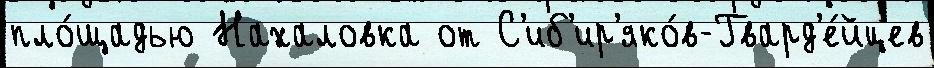
пло́щадью Нахаловка от С'иб'ир'яко́в-Гвард'е́йцев